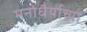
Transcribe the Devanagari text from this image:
मनोधैर्याच्या